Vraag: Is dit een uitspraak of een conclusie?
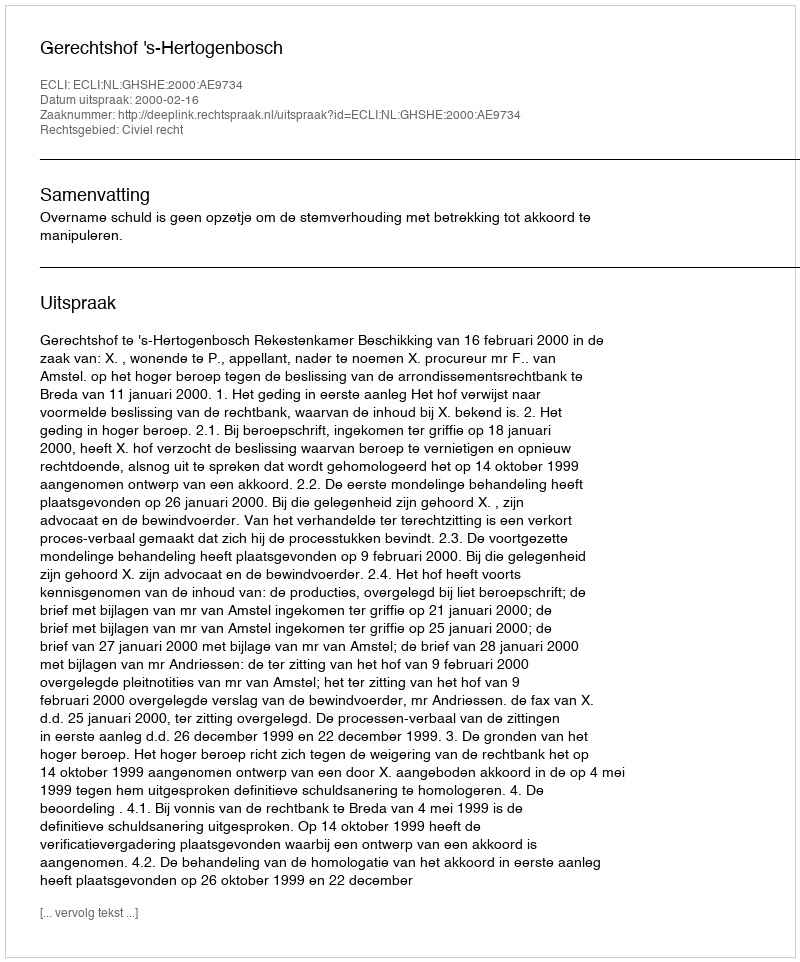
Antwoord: Uitspraak